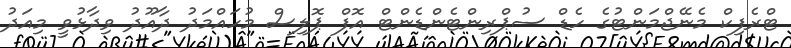
ޓްރެފިކް މެނޭޖްމަންޓުގެ ހެޑް ސުޕްރިންޓެންޑެންޓް އޮފް ޕޮލިސް މުހައްމަދު ދާއޫދު ވިދާޅުވީ މިއަދު